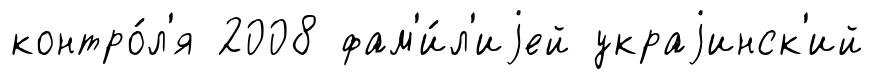
контро́л'я 2008 фам'и́л'иjей украjинск'ий